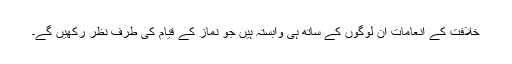
خلافت کے انعامات اُن لوگوں کے ساتھ ہی وابستہ ہیں جو نماز کے قیام کی طرف نظر رکھیں گے۔